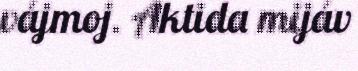
vájmoj. Aktida mijáv